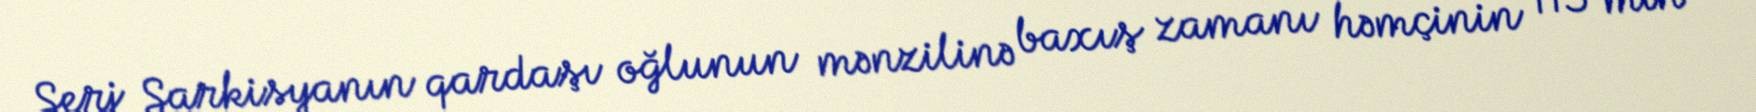
Serj Sarkisyanın qardaşı oğlunun mənzilinə baxış zamanı həmçinin 115 min